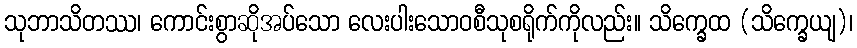
သုဘာသိတဿ၊ ကောင်းစွာဆိုအပ်သော လေးပါးသောဝစီသုစရိုက်ကိုလည်း။ သိက္ခေထ (သိက္ခေယျ)၊